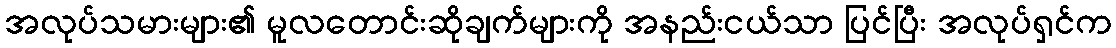
အလုပ်သမားများ၏ မူလတောင်းဆိုချက်များကို အနည်းငယ်သာ ပြင်ပြီး အလုပ်ရှင်က